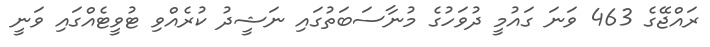
ރައްޖޭގެ 463 ވަނަ ގައުމީ ދުވަހުގެ މުނާސަބަތުގައި ނަޝީދު ކުރެއްވި ޓުވީޓެއްގައި ވަނީ